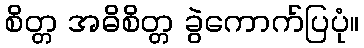
စိတ္တ အဓိစိတ္တ ခွဲကောက်ပြပုံ။